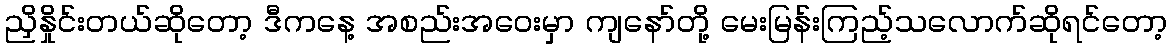
ညှိနှိုင်းတယ်ဆိုတော့ ဒီကနေ့ အစည်းအဝေးမှာ ကျနော်တို့ မေးမြန်းကြည့်သလောက်ဆိုရင်တော့